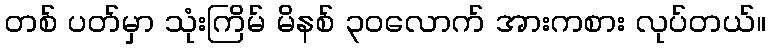
တစ် ပတ်မှာ သုံးကြိမ် မိနစ် ၃၀လောက် အားကစား လုပ်တယ်။